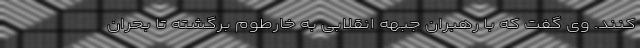
کنند. وی گفت که با رهبران جبهه انقلابی به خارطوم برگشته تا بحران